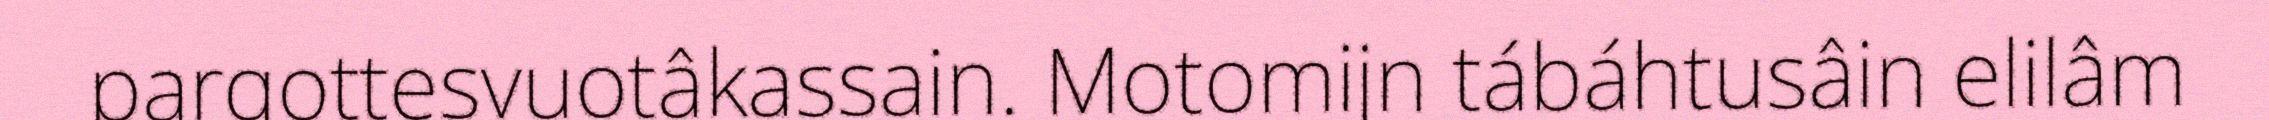
pargottesvuotâkassain. Motomijn tábáhtusâin elilâm